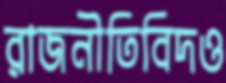
রাজনীতিবিদও